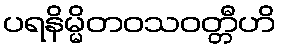
ပရနိမ္မိတဝသဝတ္တီဟိ